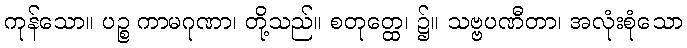
ကုန်သော။ ပဉ္စ ကာမဂုဏာ၊ တို့သည်။ စတုတ္ထေ၊ ၌။ သဗ္ဗပဏီတာ၊ အလုံးစုံသော